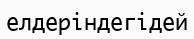
елдеріндегідей